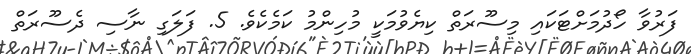
ފަރުވާ ހޯދުމަށްޓަކައި މިސޫރަތް ކިޔެވުމަކީ މުހިންމު ކަމެކެވެ. 5. ފަލަގި ނާސި ދެސޫރަތް